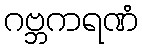
ဂဗ္ဘကရဏံ